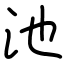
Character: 池